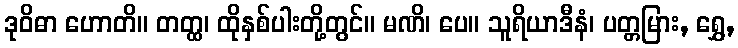
ဒုဝိဓာ ဟောတိ။ တတ္ထ၊ ထိုနှစ်ပါးတို့တွင်။ မဏိ၊ ပေ။ သူရိယာဒီနံ၊ ပတ္တမြား, ရွှေ,